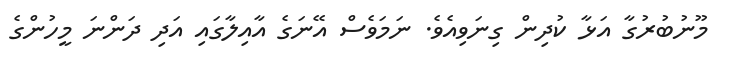
މޫނުބުރުގާ އަޅާ ކުދިން ގިނަވިއެވެ. ނަމަވެސް އޭނަގެ އާއިލާގައި އަދި ދަންނަ މީހުންގެ